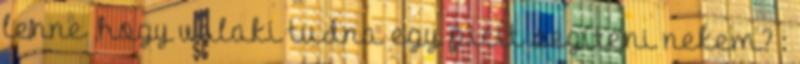
lenne ,hogy valaki tudna egy picit segíteni nekem? :